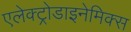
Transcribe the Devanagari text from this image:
एलेक्ट्रोडाइनेमिक्स